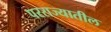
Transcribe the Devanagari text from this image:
परराज्यातील